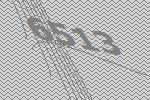
6513